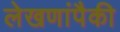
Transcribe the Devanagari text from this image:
लेखणांपैकी